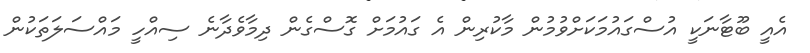
އެއީ ބޫޓާނަކީ އުސްގައުމަކަށްވުމުން މާކުރިން އެ ގައުމަށް ގޮސްގެން ދިމާވެދާނެ ސިއްހީ މައްސަލަތަކުން